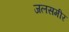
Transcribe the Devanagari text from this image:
जलसमीर